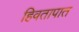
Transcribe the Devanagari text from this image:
हिवतापात